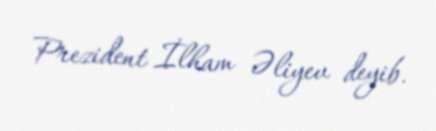
Prezident İlham Əliyev deyib.